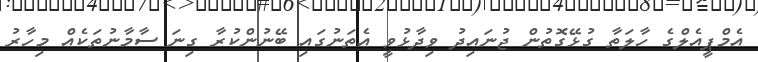
އެމްޕީއެލްގެ ހާލަތާ ގުޅޭގޮތުން ޖުނައިދު ވިދާޅުވީ އެތަނުގައި ބޭނުންކުރާ ގިނަ ސާމާނުތަކެއް މިހާރު